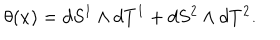
\theta ( x ) = d S ^ { 1 } \wedge d T ^ { 1 } + d S ^ { 2 } \wedge d T ^ { 2 } .